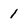
Character: 1